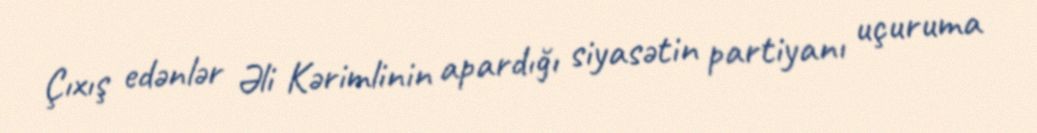
Çıxış edənlər Əli Kərimlinin apardığı siyasətin partiyanı uçuruma